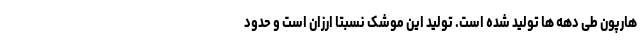
هارپون طی دهه ها تولید شده است. تولید این موشک نسبتا ارزان است و حدود